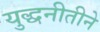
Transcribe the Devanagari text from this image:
युद्धनीतीने